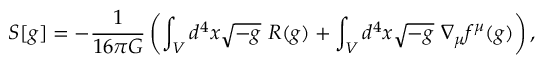
S [ g ] = - \frac { 1 } { 1 6 \pi G } \left( \int _ { V } d ^ { 4 } x \sqrt { - g } ~ R ( g ) + \int _ { V } d ^ { 4 } x \sqrt { - g } ~ \nabla _ { \mu } f ^ { \mu } ( g ) \right) ,